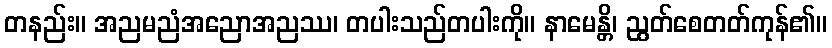
တနည်း။ အညမညံအညောအညဿ၊ တပါးသည်တပါးကို။ နာမေန္တိ၊ ညွတ်စေတတ်ကုန်၏။